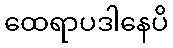
ထေရာပဒါနေပိ